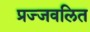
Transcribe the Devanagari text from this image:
प्रज्‍जवलित